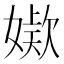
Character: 𭒖